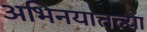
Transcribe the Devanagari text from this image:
अभिनयातल्या